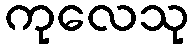
ကုလေသု